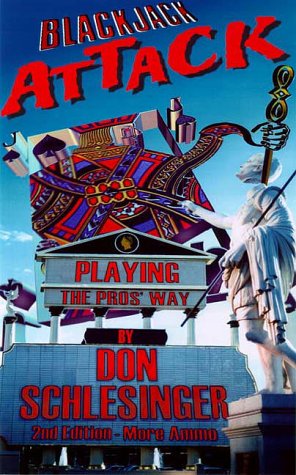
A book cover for Blackjack Attack, Playing the Pros' Way, 2nd Edition; Don Schlesinger; Humor & Entertainment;